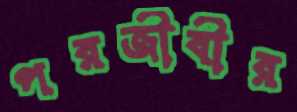
পরজীবীর